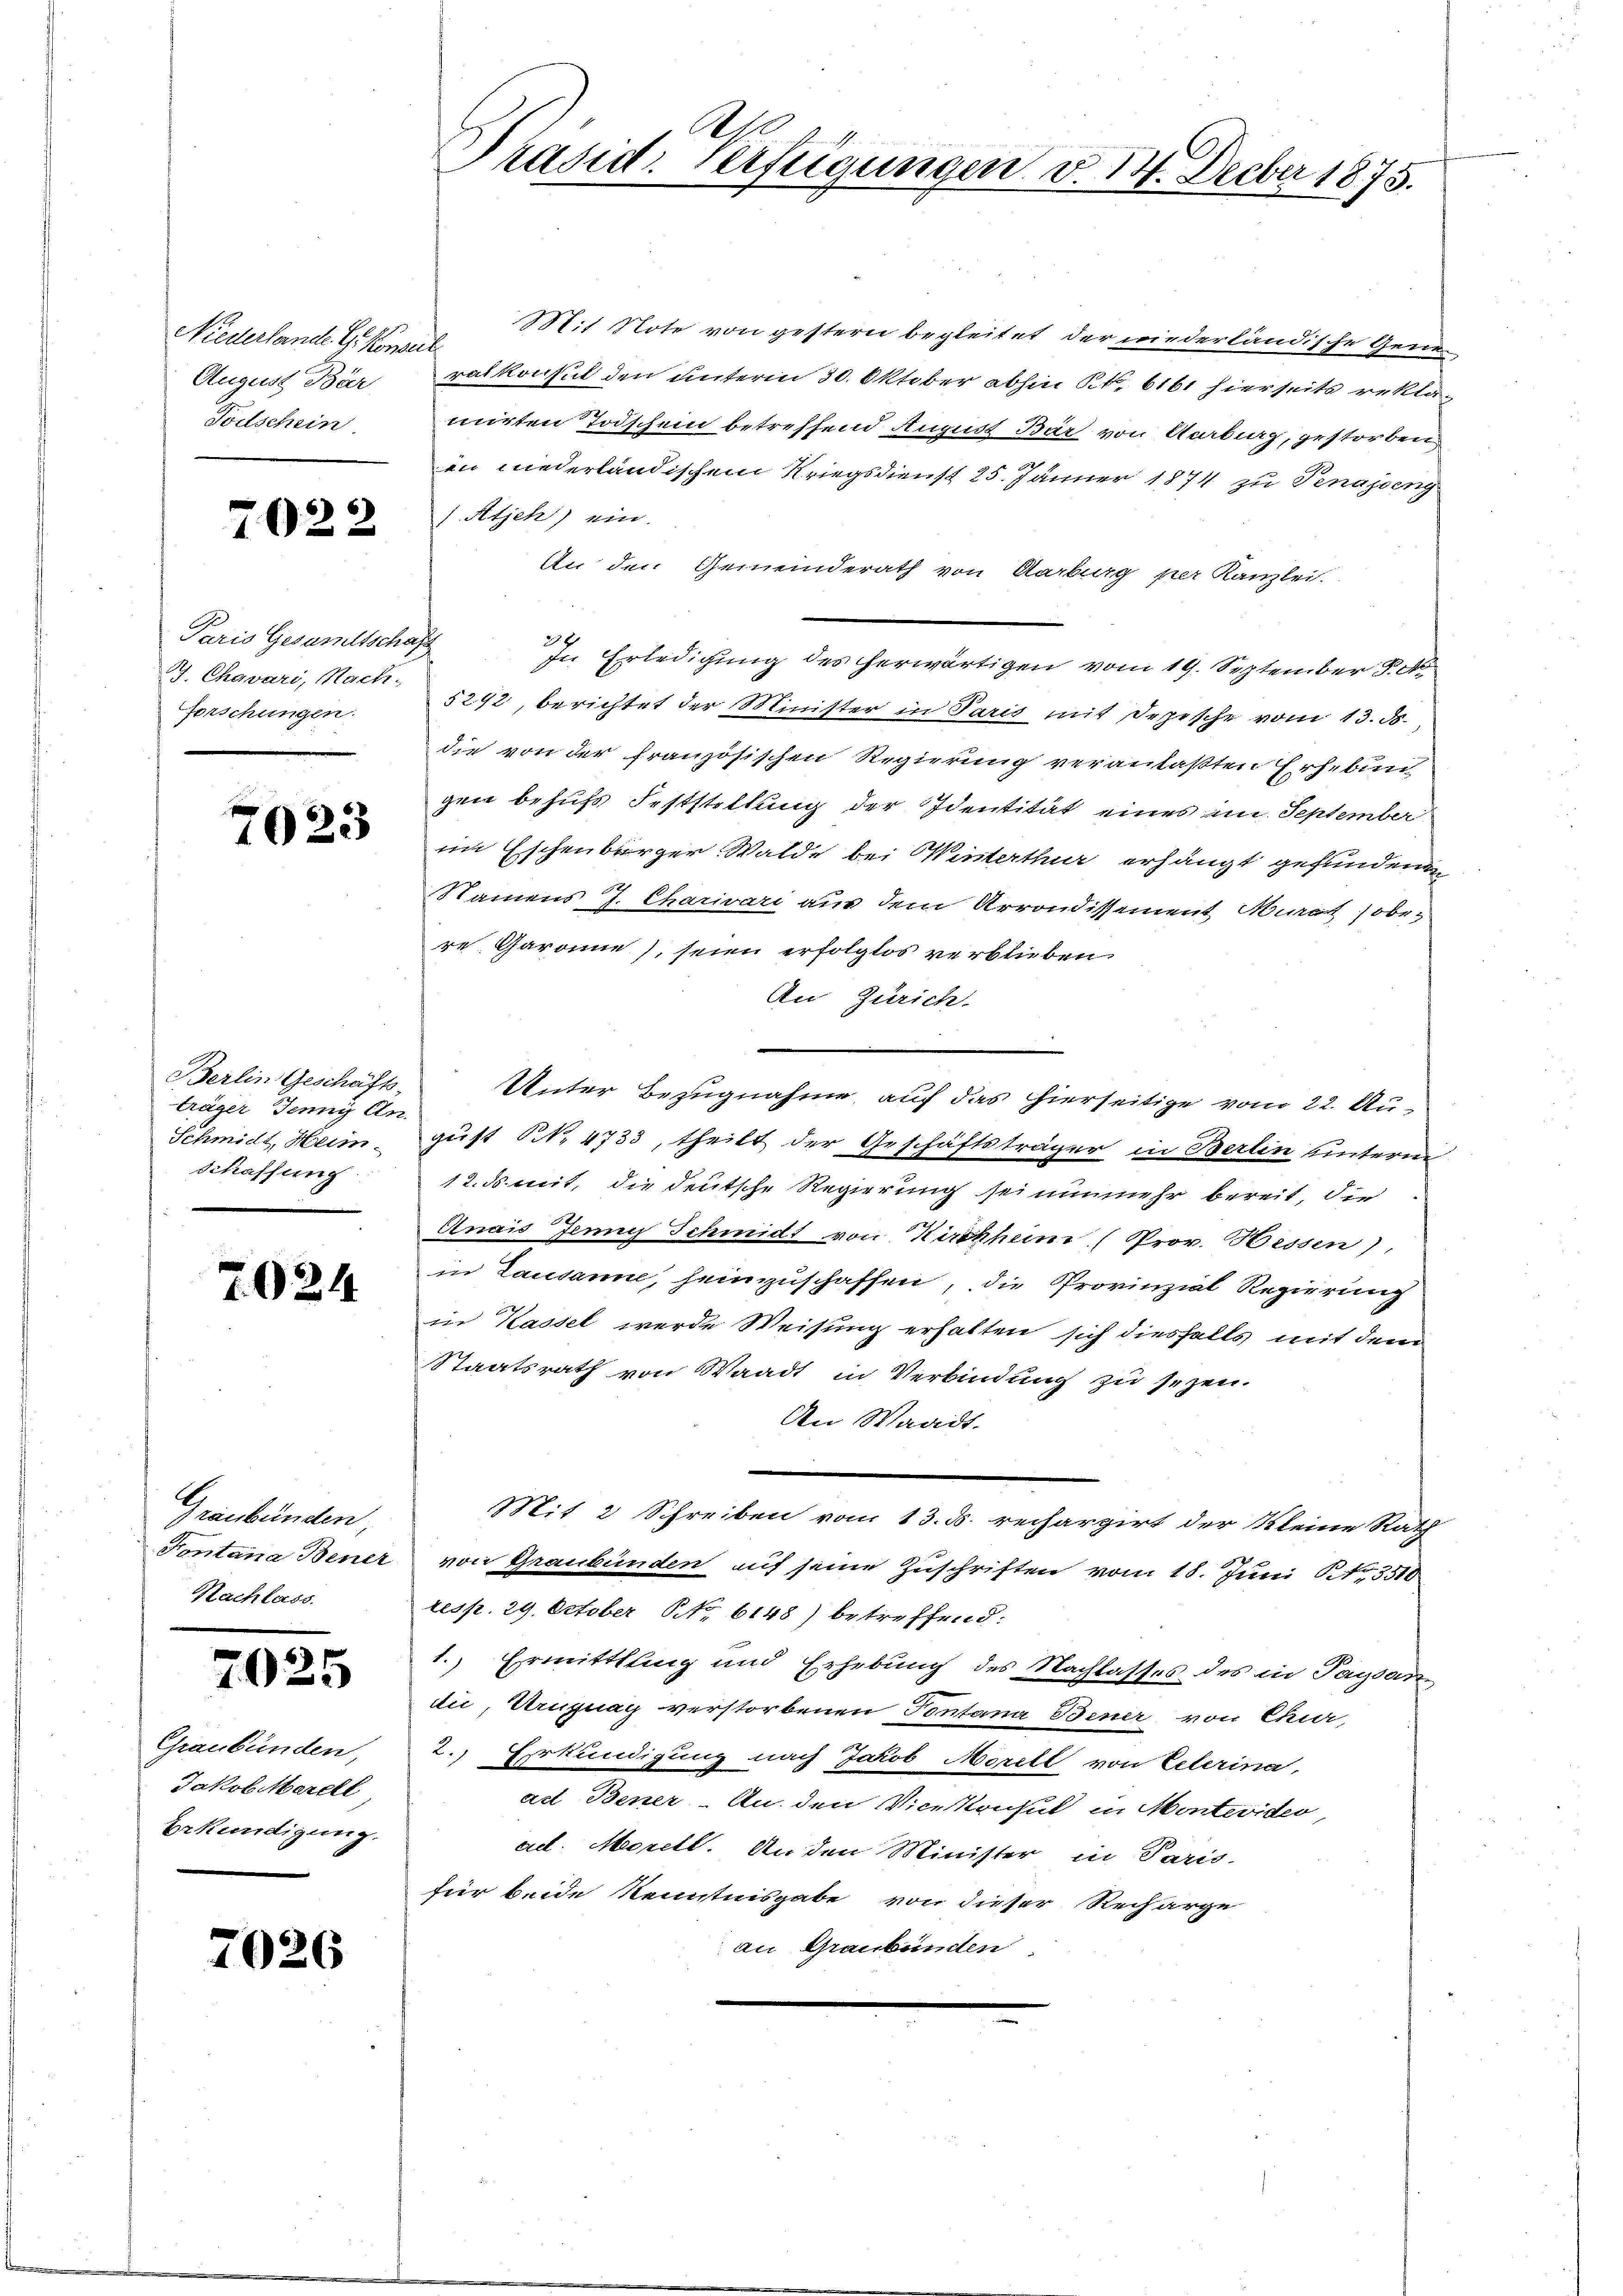
Niederlande G. Konsul
Fortschein

7022

Paris Gesamtschaft
J. Chavari, Nach-
Forschungen.

7023

Berlin Geschäftsträger Jenny An-
Schaffung

7024

Graubünden,
Nachlass

7025

Graubünden,
Jakob Marell
Erkündigung.

7026

Mit Note von gestern begleitet der wiederländische Gemei¬
August Barralkonsul den unterm 30. Oktober abhin K. 6161 hierseits reklamirten Todschein betreffend August Bär von Aarburg, gestorben
in niederländischen Kriegsdienst 25. Jänner 1874 zu Venasseng
1 Atjeh) ein.
An den Gemeinderath von Aarburg per Kanzlei.
28
In Erledigung des herwärtigen vom 19. September d. M.
5292, berichtet der Minister in Paris mit Jepische vom 13. ds.
die von der französischen Regierung veranlaßten Erhebun
gen behufs Feststellung der Identität eines im September
im Eschenbürger Walde bei Winterthur erhängt gefundenen
Namens J. Charivari aus dem Arrondissement Murat (obere Garanne), seien erfolglos verblieben.
An Zürich.
Unter Bezugnahme, auf das hierseitige vom 22. Au¬
Schmidt, Heim - gust N. 4733, theilt der Geschäftsträger in Berlin hinterm
12. ds mit, die deutsche Regierung sei nunmehr bereit, die
Anais Jenny Schmidt von Kirchheim (Prov. Bessen),
in Lausanne, heimzuschaffen, die Provinzial Regierung
in Kassel werde Weisung erhalten sich diesfalls mit dem
Staatsrath von Waadt in Verbindung zu sezen.
An Waadt.
Mit 2 Schreiben vom 13. d. rechargirt der Kleine Rath
Fontana Bener von Graubünden auf seine Zuschriften vom 18. Juni St. 3510
resp. 29. October No 6148) betreffend:
1.) Ermittlung und Erhebung des Nachlasses des in Tagsan
die, Uruguay verstorbenen Tontana Bener von Char,
2.) Erkundigung nach Jakob Merill von Peterina,
adt Bener - An den Vicekonsul in Montevideo,
act. Morell. An den Minister in Paris.
für beide Kenntnisgabe von dieser Recharge
an Graubünden.

Ah
Präsid. Verfügungen d. 14. Feeber 1875.